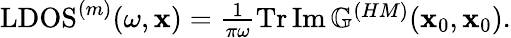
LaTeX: \begin{array}{r}{\textrm{LDOS}^{(m)}(\omega,\mathbf{x})=\frac{1}{\pi\omega}\operatorname{Tr}\operatorname{Im}\mathbb{G}^{(HM)}(\mathbf{x}_{0},\mathbf{x}_{0}).}\end{array}